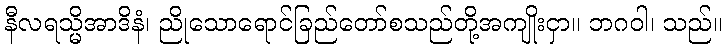
နီလရသ္မိအာဒိနံ၊ ညိုသောရောင်ခြည်တော်စသည်တို့အကျိုးငှာ။ ဘဂဝါ၊ သည်။